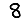
Digit: 8